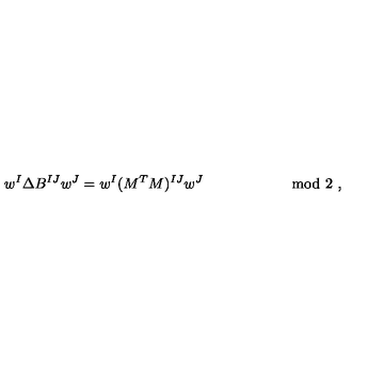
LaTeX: w ^ { I } \Delta B ^ { I J } w ^ { J } = w ^ { I } ( M ^ { T } M ) ^ { I J } w ^ { J } \qquad \qquad \qquad \mathrm { m o d \ 2 } \ ,